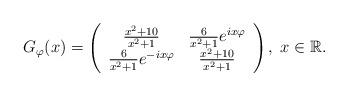
LaTeX: \begin{align*}G_{\varphi}(x) = \left(\begin{array}{cc}\frac{x^2 + 10}{x^2 + 1} & \frac{6}{x^2 + 1} e^{i x \varphi} \\\frac{6}{x^2 + 1} e^{-i x \varphi} & \frac{x^2 + 10}{x^2 + 1}\end{array}\right),\; x\in {\mathbb R}.\end{align*}